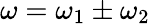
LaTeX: \omega=\omega_{1}\pm\omega_{2}